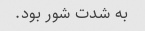
به شدت شور بود.